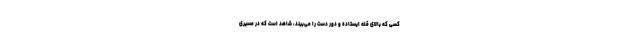
کسی که بالای قله ایستاده و دور دست را می‌بیند، شاهد است که در مسیری